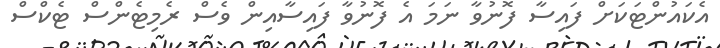
އެކައުންޓަކަށް ފައިސާ ފޮނުވާ ނަމަ އެ ފޮނުވާ ފައިސާއިން ވެސް ރެމިޓެންސް ޓެކްސް